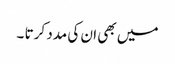
میں بھی ان کی مدد کرتا ۔